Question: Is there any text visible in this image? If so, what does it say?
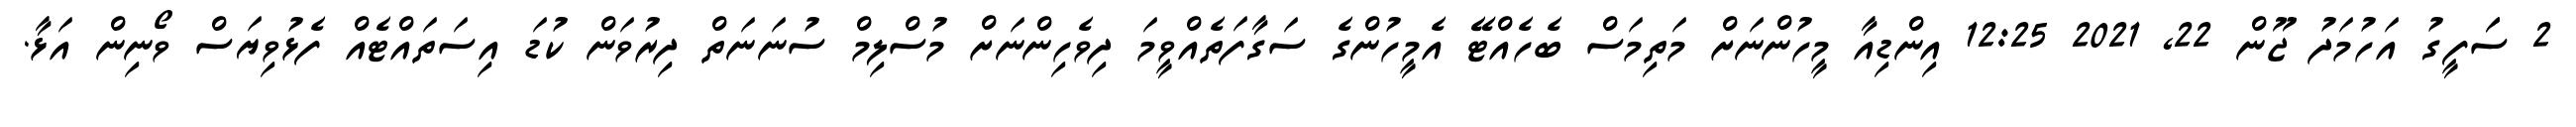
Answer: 2 ސަަފީގު އަހުމަދު ޖޫން 22, 2021 12:25 އިންޑިއާ މީހުންނަށް މަތިމަސް ބެހެއްޓޭ އެމީހުންގެ ސަގާފަތެއްވީމަ ދިވެހިންނަށް މުސްލިމް ސުނަނަތް ދިރުވަން ކުޑަ އިސަތައްޓެއް ފެޅުވިޔަސް ވޯނިން އަޅާ.